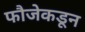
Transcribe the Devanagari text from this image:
फौजेकडून